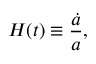
H ( t ) \equiv { \frac { \dot { a } } { a } } ,